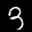
Label: 3